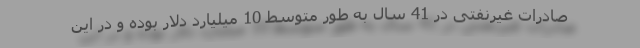
صادرات غیرنفتی در 41 سال به طور متوسط 10 میلیارد دلار بوده و در این